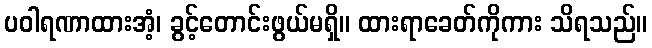
ပဝါရဏာထားအံ့၊ ခွင့်တောင်းဖွယ်မရှိ။ ထားရာခေတ်ကိုကား သိရသည်။